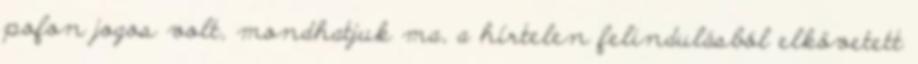
pofon jogos volt, mondhatjuk ma, a hírtelen felindulásból elkövetett